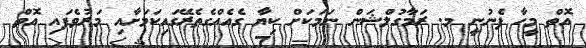
އޮތް މީހާ ފެނުނީ މ. ރަމާގުލްޝަން ނަމަކަށް ކިޔާ ގެއެއްގެތެރޭގައިކަމަށާއި މަރުވެފައި އޮތް